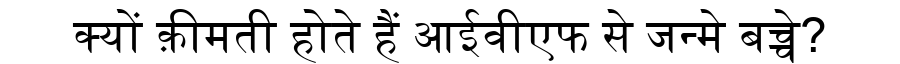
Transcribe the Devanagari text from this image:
क्यों क़ीमती होते हैं आईवीएफ से जन्मे बच्चे?